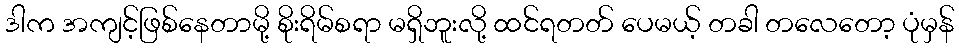
ဒါက အကျင့်ဖြစ်နေတာမို့ စိုးရိမ်စရာ မရှိဘူးလို့ ထင်ရတတ် ပေမယ့် တခါ တလေတော့ ပုံမှန်